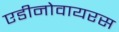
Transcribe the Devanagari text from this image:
एडीनोवायरस